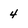
Character: 4